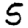
Digit: 5